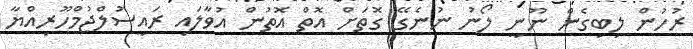
ރުހުން ލިބިގެން ނޫނީ ލޯނު ނުނެގޭ ގޮތަށް އޮތް އޮތުން އުވާލައި ރައީސުލްޖުމްހޫރިއްޔާ